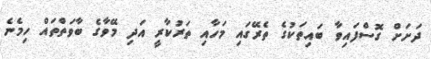
ދަށަށް ގޮސްފައިވާ ބައިތަކުގެ ތެރޭގައި މަހާއި ތަރުކާރީ އަދި މޭވާގެ ބާވަތްތައް ހިމެނެ